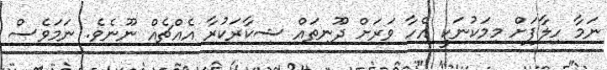
ނަމާ ހިލާފަށް މިމަކުނަކީ އެހާ ވަރަށް ދޫނިތައް ޝިކާރަކުރާ އެއްޗެއް ނޫނެވެ. ނަމަވެސް